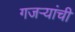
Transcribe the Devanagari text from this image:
गजर्‍यांची